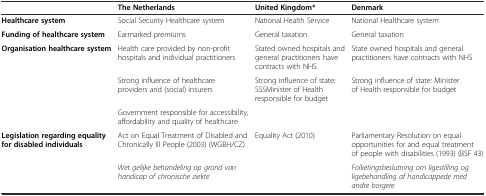
|  | The Netherlands | United Kingdom* | Denmark |
 | --- | --- | --- | --- |
 | Healthcare system | Social Security Healthcare system | National Health Service | National Healthcare system |
 | Funding of healthcare system | Earmarked premiums | General taxation | General taxation |
 | Organisation healthcare system | Health care provided by non-profit hospitals and individual practitioners | Stated owned hospitals and general practitioners have contracts with NHS | State owned hospitals and general practitioners have contracts with NHS |
 |  | Strong influence of healthcare providers and (social) insurers | Strong influence of state: SSSMinister of Health responsible for budget | Strong influence of state: Minister of Health responsible for budget |
 |  | Government responsible for accessibility, affordability and quality of healthcare |  |  |
 | Legislation regarding equality for disabled individuals | Act on Equal Treatment of Disabled and Chronically Ill People (2003) (WGBH/CZ) | Equality Act (2010) | Parliamentary Resolution on equal opportunities for and equal treatment of people with disabilities (1993) (BSF 43) |
 |  | Wet gelijke behandeling op grond van handicap of chronische ziekte |  | Folketingsbeslutning om ligestilling og ligebehandling af handicappede med andre borgere |